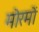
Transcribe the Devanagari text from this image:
मोरमों